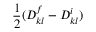
\frac { 1 } { 2 } ( D _ { k l } ^ { f } - D _ { k l } ^ { i } )